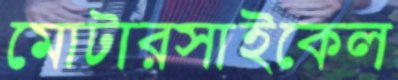
মোটারসাইকেল